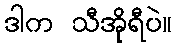
ဒါက သီအိုရီပဲ။